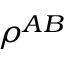
\rho ^ { A B }